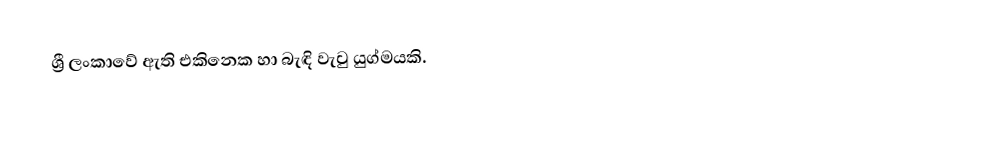
ශ්‍රී ලංකාවේ ඇති එකිනෙක හා බැඳි වැවු යුග්මයකි.